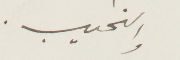
والنحيب.